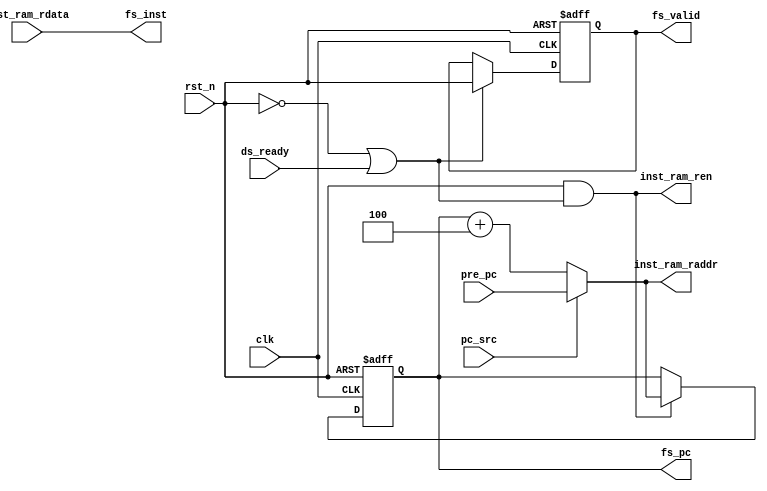
// =============================================================================
// @File         :  if_stage.v
// @Author       :  Jiangxuan Li
// @Created      :  2022/3/22 22:32:58
// @Description  :  instruction fetching
//
// -----------------------------------------------------------------------------
// History
// -----------------------------------------------------------------------------
// Ver  :| Author  :| Mod. Date          :| Changes Made :|
// 0.1   | Jx L     | 2022/3/22 22:32:58 | original
// =============================================================================

module if_stage (
	 input clk    // Clock
	,input rst_n  // Asynchronous reset active low

// pipeline 
    ,input             ds_ready
    ,output reg        fs_valid

	,input      [31:0] pre_pc
	,input 		       pc_src

	,output reg [31:0] fs_pc    //-  ds  pc
    ,output     [31:0] fs_inst

    ,output        inst_ram_ren
	,output [31:0] inst_ram_raddr
    ,input  [31:0] inst_ram_rdata
);

wire [31:0] pc;
wire [31:0] n_pc;

// pc 
assign n_pc = fs_pc + 32'd4;
assign pc   = pc_src == 1'b1 ? pre_pc : n_pc;

//  PC  inst  
wire fs_ready;
wire fs_valid_pre;
//  fs_ok_go 
wire fs_ok_go;

assign fs_valid_pre = rst_n;
assign fs_ready     = !fs_valid_pre || ds_ready;
always @(posedge clk or negedge rst_n) begin
    if (rst_n == 1'b0) begin
        fs_valid <= 0;
    end
    else if (fs_ready) begin
        fs_valid <= fs_valid_pre;
    end
end

always @(posedge clk or negedge rst_n) begin
    if (rst_n == 1'b0) begin
        // 
        fs_pc <= 0;
    end
    else if (fs_valid_pre && fs_ready) begin
        //  pc  pc 
        fs_pc <= pc;
    end
end

assign inst_ram_ren   = fs_valid_pre && fs_ready;
assign inst_ram_raddr = pc;
assign fs_inst        = inst_ram_rdata;

endmodule